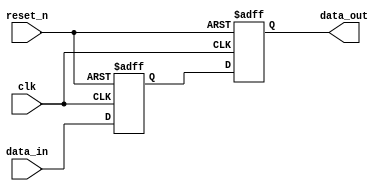
module DE2_SoPC_reset_clk_50_domain_synch_module (
                                                    clk,
                                                    data_in,
                                                    reset_n,
                                                    data_out
                                                 )
;
  output           data_out;
  input            clk;
  input            data_in;
  input            reset_n;
  reg              data_in_d1 ;
  reg              data_out ;
  always @(posedge clk or negedge reset_n)
    begin
      if (reset_n == 0)
          data_in_d1 <= 0;
      else 
        data_in_d1 <= data_in;
    end
  always @(posedge clk or negedge reset_n)
    begin
      if (reset_n == 0)
          data_out <= 0;
      else 
        data_out <= data_in_d1;
    end
endmodule